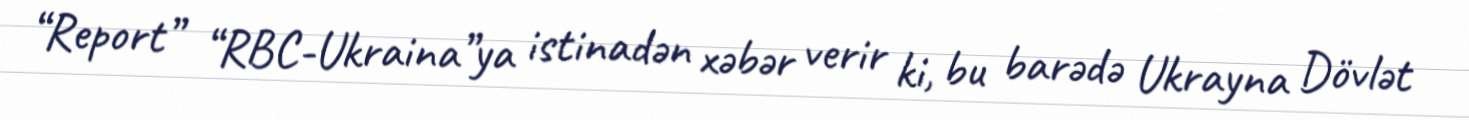
“Report” “RBC-Ukraina”ya istinadən xəbər verir ki, bu barədə Ukrayna Dövlət